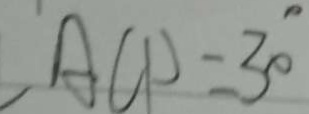
A C D = 3 0 ^ { \circ }